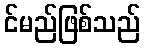
င်မည်ဖြစ်သည်